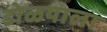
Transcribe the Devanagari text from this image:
डोळयाला